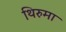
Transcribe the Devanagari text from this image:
थिरुमा